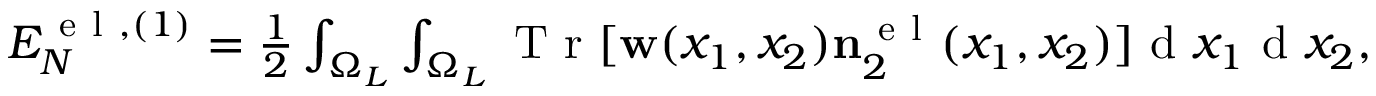
\begin{array} { r } { { \cal E } _ { N } ^ { \ensuremath { \mathrm { ~ e ~ l ~ } } , ( 1 ) } = \frac { 1 } { 2 } \int _ { \Omega _ { L } } \int _ { \Omega _ { L } } \ensuremath { \mathrm { ~ T ~ r ~ } } [ \ensuremath { \mathbf { w } } ( x _ { 1 } , x _ { 2 } ) \ensuremath { \mathbf { n } } _ { 2 } ^ { \ensuremath { \mathrm { ~ e ~ l ~ } } } ( x _ { 1 } , x _ { 2 } ) ] \ensuremath { \mathrm { ~ d ~ } } x _ { 1 } \ensuremath { \mathrm { ~ d ~ } } x _ { 2 } , } \end{array}